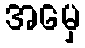
အမှေ